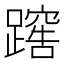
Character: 𨅻